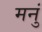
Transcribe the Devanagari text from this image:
मनुं